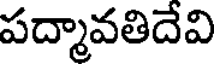
పద్మావతిదేవి